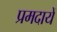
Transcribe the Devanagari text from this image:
प्रमदायें